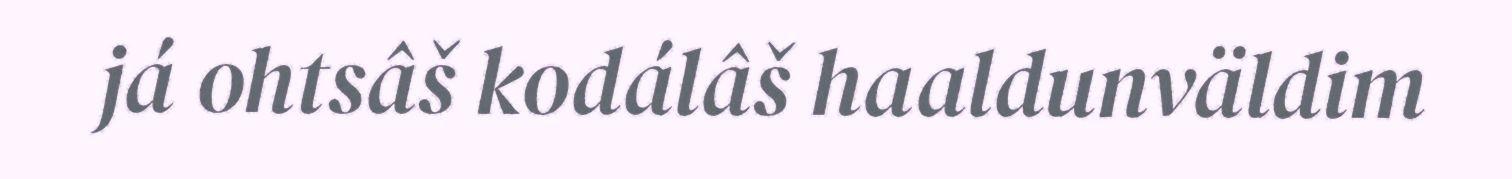
já ohtsâš kodálâš haaldunväldim